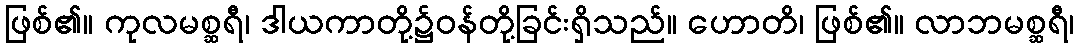
ဖြစ်၏။ ကုလမစ္ဆရီ၊ ဒါယကာတို့၌ဝန်တို့ခြင်းရှိသည်။ ဟောတိ၊ ဖြစ်၏။ လာဘမစ္ဆရီ၊